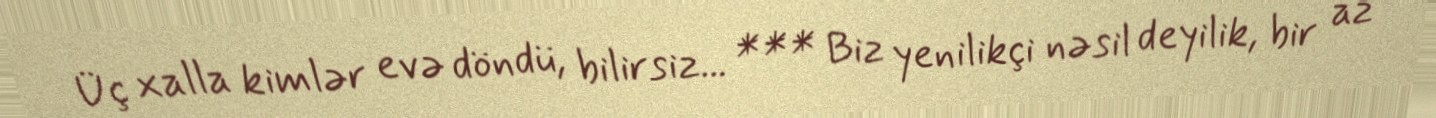
Üç xalla kimlər evə döndü, bilirsiz... *** Biz yenilikçi nəsil deyilik, bir az